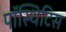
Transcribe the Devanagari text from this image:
पॉस्थिटिस